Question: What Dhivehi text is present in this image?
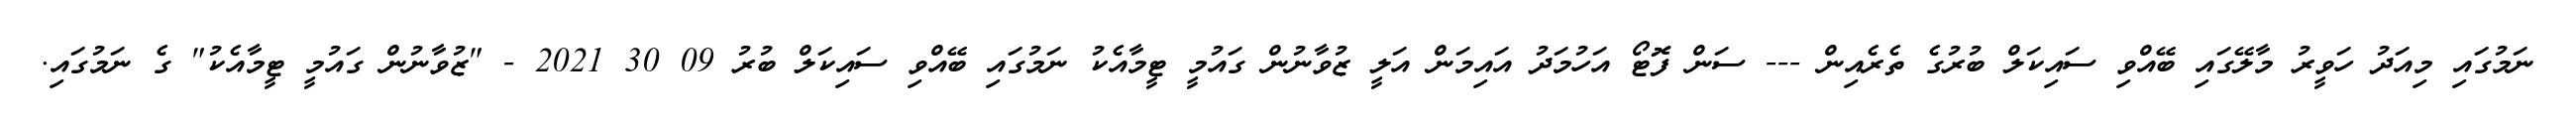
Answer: ނަމުގައި މިއަދު ހަވީރު މާލޭގައި ބޭއްވި ސައިކަލް ބުރުގެ ތެރެއިން --- ސަން ފޮޓޯ އަހުމަދު އައިމަން އަލީ ޒުވާނުން ގައުމީ ޓީމާއެކު ނަމުގައި ބޭއްވި ސައިކަލް ބުރު 09 30 2021 - "ޒުވާނުން ގައުމީ ޓީމާއެކު" ގެ ނަމުގައި.